Report of veterinary surgeon J.H. Steel, A.V.D., on his investigation into an obscure and fatal disease among transport mules in British Burma
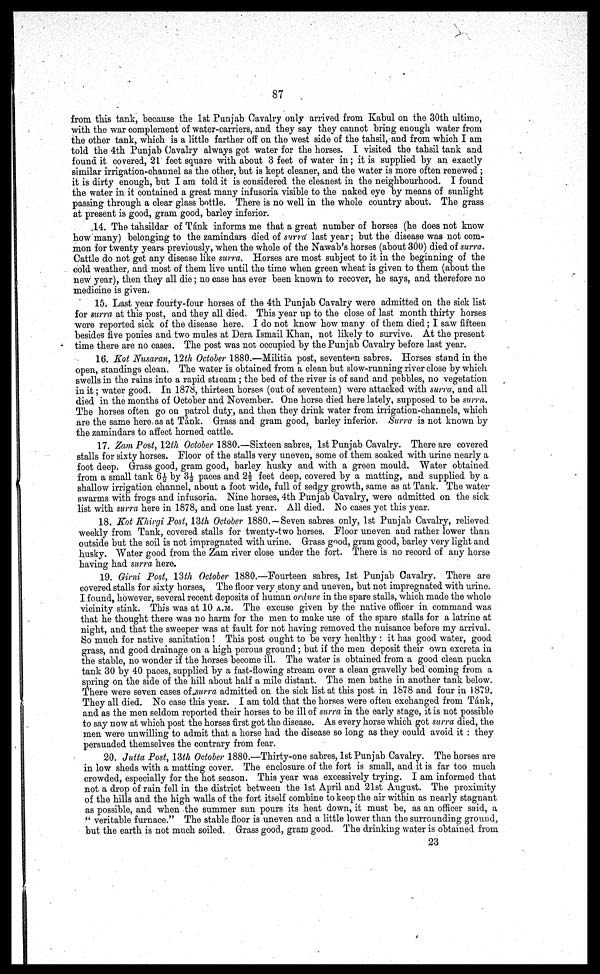
87
from this tank, because the 1st Punjab Cavalry only arrived from Kabul on the 30th ultimo,
with the war complement of water-carriers, and they say they cannot bring enough water from
the other tank, which is a little farther off on the west side of the tahsil, and from which I am
told the 4th Punjab Cavalry always got water for the horses. I visited the tahsil tank and
found it covered, 21 feet square with about 3 feet of water in ; it is supplied by an exactly
similar irrigation-channel as the other, but is kept cleaner, and the water is more often renewed ;
it is dirty enough, but I am told it is considered the cleanest in the neighbourhood. I found
the water in it contained a great many infusoria visible to the naked eye by means of sunlight
passing through a clear glass bottle. There is no well in the whole country about. The grass
at present is good, gram good, barley inferior.
14. The tahsildar of Tank informs me that a great number of horses (he does not know
how many) belonging to the zamindars died of surra last year ; but the disease was not com-
mon for twenty years previously, when the whole of the Nawab's horses (about 300) died of surra.
Cattle do not get any disease like surra. Horses are most subject to it in the beginning of the
cold weather, and most of them live until the time when green wheat is given to them (about the
new year), then they all die; no case has ever been known to recover, he says, and therefore no
medicine is given.
15. Last year fourty-four horses of the 4th Punjab Cavalry were admitted on the sick list
for surra at this post, and they all died. This year up to the close of last month thirty horses
were reported sick of the disease here. I do not know how many of them died; I saw fifteen
besides five ponies and two mules at Dera Ismail Khan, not likely to survive. At the present
time there are no cases. The post was not occupied by the Punjab Cavalry before last year.
16. Kot Nusaran, 12th October 1880.—Militia post, seventeen sabres. Horses stand in the
open, standings clean. The water is obtained from a clean but slow-running river close by which
swells in the rains into a rapid stream ; the bed of the river is of sand and pebbles, no vegetation
in it; water good. In 1878, thirteen horses (out of seventeen) were attacked with surra, and all
died in the months of October and November. One horse died here lately, supposed to be surra.
The horses often go on patrol duty, and then they drink water from irrigation-channels, which
are the same here as at Tank. Grass and gram good, barley inferior. Surra is not known by
the zamindars to affect horned cattle.
17. Zam Post, 12th October 1880.—Sixteen sabres, 1st Punjab Cavalry. There are covered
stalls for sixty horses. Floor of the stalls very uneven, some of them soaked with urine nearly a
foot deep. Grass good, gram good, barley husky and with a green mould. Water obtained
from a small tank 6½ by 3½ paces and 2½ feet deep covered by a matting, and supplied by a
shallow irrigation channel, about a foot wide, full of sedgy growth, same as at Tank. The water
swarms with frogs and infusoria. Nine horses, 4th Punjab Cavalry, were admitted on the sick
list with surra here in 1878, and one last year. All died. No cases yet this year.
18. Kot Khirgi Post, 13th October 1880. —Seven sabres only, 1st Punjab Cavalry, relieved
weekly from Tank, covered stalls for twenty-two horses. Floor uneven and rather lower than
outside but the soil is not impregnated with urine. Grass good, gram good, barley very light and
husky. Water good from the Zam river close under the fort. There is no record of any horse
having had surra here.
19. Girni Post, 13th October 1880.—Fourteen sabres, 1st Punjab Cavalry. There are
covered stalls for sixty horses, The floor very stony and uneven, but not impregnated with urine.
I found, however, several recent deposits of human ordure in the spare stalls, which made the whole
vicinity stink. This was at 10 A.M. The excuse given by the native officer in command was
that he thought there was no harm for the men to make use of the spare stalls for a latrine at
night, and that the sweeper was at fault for not having removed the nuisance before my arrival.
So much for native sanitation ! This post ought to be very healthy : it has good water, good
grass, and good drainage on a high porous ground ; but if the men deposit their own excreta in
the stable, no wonder if the horses become ill. The water is obtained from a good clean pucka
tank 30 by 40 paces, supplied by a fast-flowing stream over a clean gravelly bed coming from a
spring on the side of the hill about half a mile distant. The men bathe in another tank below.
There were seven cases of surra admitted on the sick list at this post in 1878 and four in 1879.
They all died. No case this year. I am told that the horses were often exchanged from Tánk,
and as the men seldom reported their horses to be ill of surra in the early stage, it is not possible
to say now at which post the horses first got the disease. As every horse which got surra died, the
men were unwilling to admit that a horse had the disease so long as they could avoid it : they
persuaded themselves the contrary from fear.
20. Jutta Post, 13th October 1880.—Thirty-one sabres, 1st Punjab Cavalry. The horses are
in low sheds with a matting cover. The enclosure of the fort is small, and it is far too much
crowded, especially for the hot season. This year was excessively trying. I am informed that
not a drop of rain fell in the district between the 1st April and 21st August. The proximity
of the hills and the high walls of the fort itself combine to keep the air within as nearly stagnant
as possible, and when the summer sun pours its heat down, it must be, as an officer said, a
" veritable furnace." The stable floor is uneven and a little lower than the surrounding ground,
but the earth is not much soiled. Grass good, gram good. The drinking water is obtained from
23